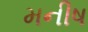
મનીષ